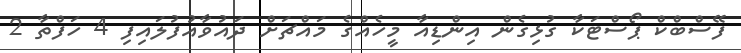
ފޭސްބްކް ޕޯސްޓަކާ ގުޅިގެން އިންޑިއާ މީހެއްގެ މައްޗަށް ދައުވާއުފުލައިފި 4 ހަފްތާ 2